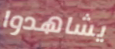
يشاهدوا